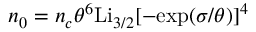
n _ { 0 } = { n _ { c } } { \theta ^ { 6 } } \mathrm { { L } } { \mathrm { { i } } _ { 3 / 2 } } [ - \mathrm { { e x p ( } } \sigma \mathrm { { / } } \theta \mathrm { { ) } } ] ^ { 4 }